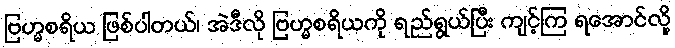
ဗြဟ္မစရိယ ဖြစ်ပါတယ်၊ အဲဒီလို ဗြဟ္မစရိယကို ရည်ရွယ်ပြီး ကျင့်ကြ ရအောင်လို့